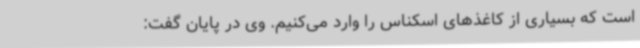
است که بسیاری از کاغذهای اسکناس را وارد می‌کنیم. وی در پایان گفت: